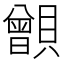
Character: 𧸑